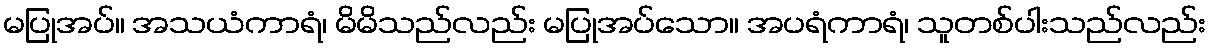
မပြုအပ်။ အသယံကာရံ၊ မိမိသည်လည်း မပြုအပ်သော။ အပရံကာရံ၊ သူတစ်ပါးသည်လည်း